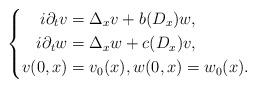
LaTeX: \begin{align*}\left\{\begin{aligned} i\partial_t v & =\Delta_x v+b(D_x)w, \\i\partial_t w & =\Delta_x w+c(D_x)v, \\v(0,x) & =v_0(x), w(0,x)=w_0(x). \end{aligned}\right.\end{align*}